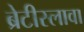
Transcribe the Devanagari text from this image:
ब्रेटीस्लावा